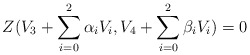
\begin{align*}Z (V_3 + \sum_{i=0}^2 \alpha_i V_i,V_4 + \sum_{i=0}^2 \beta_i V_i) = 0\end{align*}